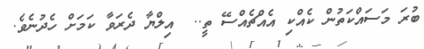
ބުރަ މަސައްކަތުން ކެއްކި އެއްޗެއްސޭ ތީ..  އިލްޔާ ދެރަވާ ކަމަށް ހެދުނެވެ.